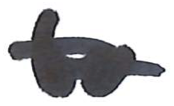
Text: to
Cross-out: double-line
Writing tool: marker